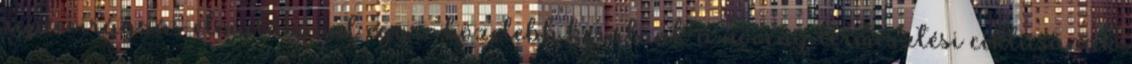
repcevirágzás elmúlásával egyre közelebb kerülünk a növény termesztési ciklusának